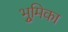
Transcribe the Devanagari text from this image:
भूुमिका